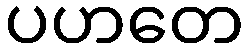
ပဟတေ